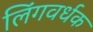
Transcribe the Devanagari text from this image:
लिंगवर्धक